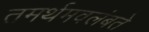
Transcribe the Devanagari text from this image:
तमर्थमवलंबते